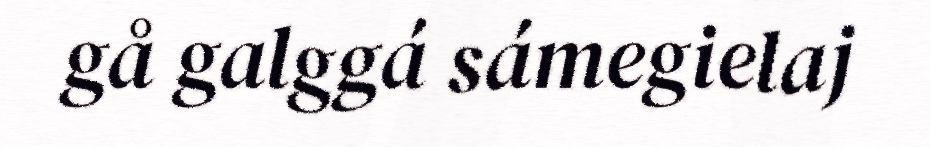
gå galggá sámegielaj